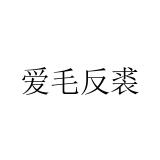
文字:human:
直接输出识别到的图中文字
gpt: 爱毛反裘